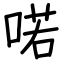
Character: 喏